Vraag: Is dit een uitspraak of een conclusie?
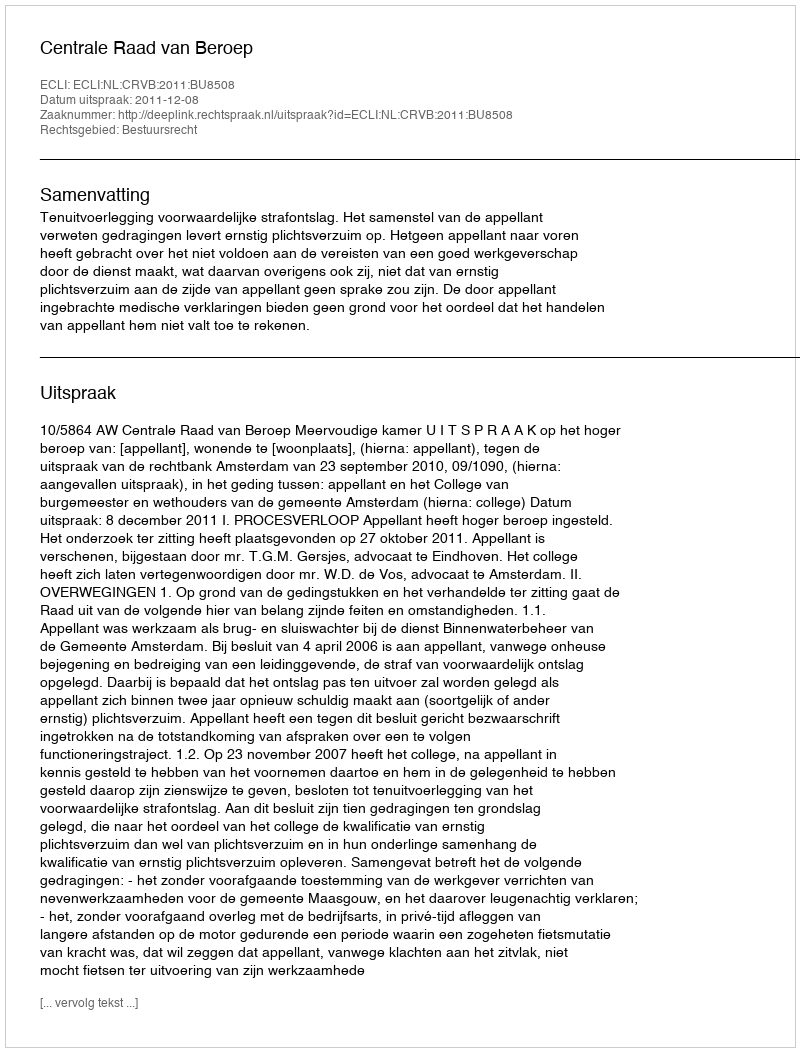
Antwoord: Uitspraak